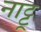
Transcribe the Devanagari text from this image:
नाट्टू